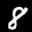
Label: 8